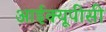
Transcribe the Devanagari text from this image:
आईक्यूपीसी